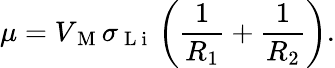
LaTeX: \mu=V_{\mathrm{~M~}}\sigma_{\mathrm{~L~i~}}\left(\frac{1}{R_{1}}+\frac{1}{R_{2}}\right).